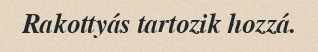
Rakottyás tartozik hozzá.